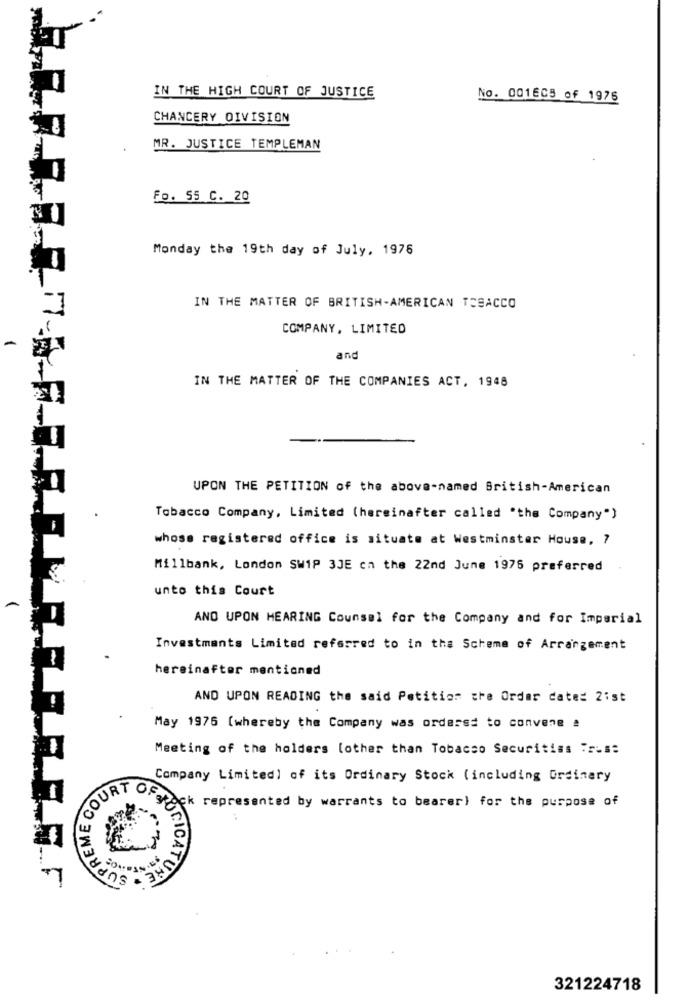
IN THE HIGH COURT OF JUSTICE
No. 001605 of 1976
CHANCERY DIVISION
MR. JUSTICE TEMPLEMAN
Fo. 55 C. 20
Monday the 19th day of July, 1976
IN THE MATTER OF BRITISH-AMERICAN TOBACCO
COMPANY, LIMITED
and
IN THE MATTER OF THE COMPANIES ACT, 1948
UPON THE PETITION of the above-named British-American
Tobacco Company, Limited (hereinafter called "the Company")
whose registered office is situate at Westminster House, 7
Millbank, London SW1P 3JE on the 22nd June 1976 preferred
unto this Court
AND UPON HEARING Counsel for the Company and for Imperial
Investments Limited referred to in the Scheme of Arrangement
hereinafter mentioned
AND UPON READING the said Petition the Order date: 2ist
May 1976 (whereby the Company was orders= to convene !
Meeting of the holders lother than Tobacco Securities "rus:
Company Limited] of its Ordinary Stock (including Ordinary
COURT
ogrock represented by warrants to bearer) for the purpose of
SUPRE
UNICATUNE
321224718